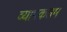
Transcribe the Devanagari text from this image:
व्यापकतम